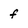
Character: f